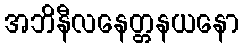
အဘိနီလနေတ္တနယနော